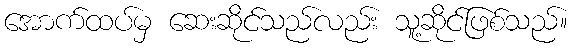
အောက်ထပ်မှ ဆေးဆိုင်သည်လည်း သူ့ဆိုင်ဖြစ်သည်။